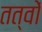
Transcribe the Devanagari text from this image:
तत्वोंं